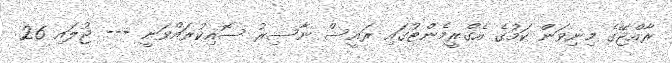
ރާއްޖޭގެ މިނިވަން ކަމުގެ އެގްރީމެންޓުގައި ރައީސް ނާސިރު ސޮއިކުރައްވަނީ --- ޖުލައި 26